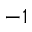
^ { - 1 }